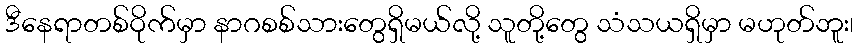
ဒီနေရာတစ်ဝိုက်မှာ နာဂစစ်သားတွေရှိမယ်လို့ သူတို့တွေ သံသယရှိမှာ မဟုတ်ဘူး၊